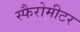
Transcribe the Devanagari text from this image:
स्फैरोमीटर